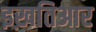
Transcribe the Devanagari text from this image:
इख़तिआर